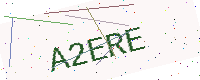
Text: A2ERE